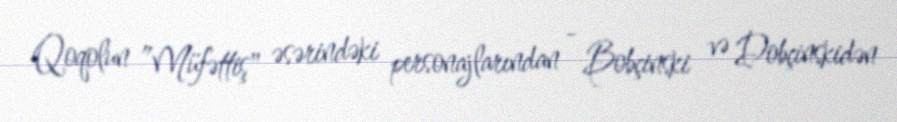
Qoqolun ”Müfəttiş" əsərindəki personajlarından - Bobçinski və Dobçinskidən